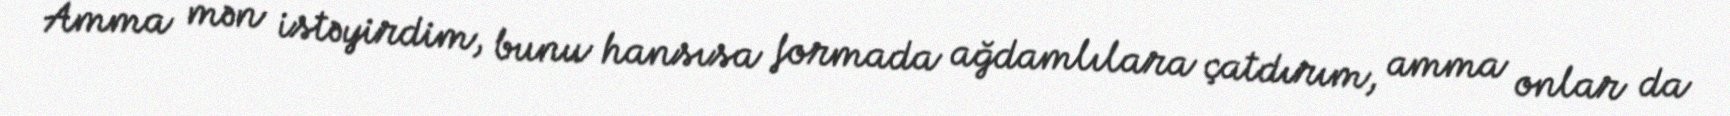
Amma mən istəyirdim, bunu hansısa formada ağdamlılara çatdırım, amma onlar da